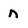
Character: n